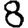
Digit: 8